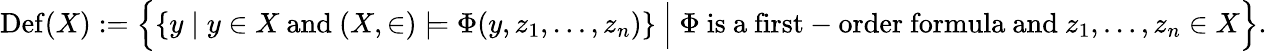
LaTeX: \operatorname{Def}(X):={\Bigl\{ }\{ y\mid y\in X{\mathrm{~and~}}(X,\in)\models\Phi(y,z_{1},\ldots,z_{n})\} ~{\Big|}~\Phi{\mathrm{~is~a~first-order~formula~and~}}z_{1},\ldots,z_{n}\in X{\Bigr\} }.